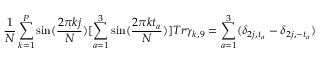
\frac { 1 } N \sum _ { k = 1 } ^ { P } \sin ( \frac { 2 \pi k j } N ) [ \sum _ { a = 1 } ^ { 3 } \sin ( \frac { 2 \pi k t _ { a } } N ) ] T r \gamma _ { k , 9 } = \sum _ { a = 1 } ^ { 3 } ( \delta _ { 2 j , t _ { a } } - \delta _ { 2 j , - t _ { a } } )